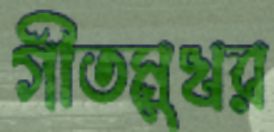
গীতমুখর